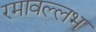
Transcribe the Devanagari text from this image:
रमावल्लभ